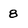
Character: 8